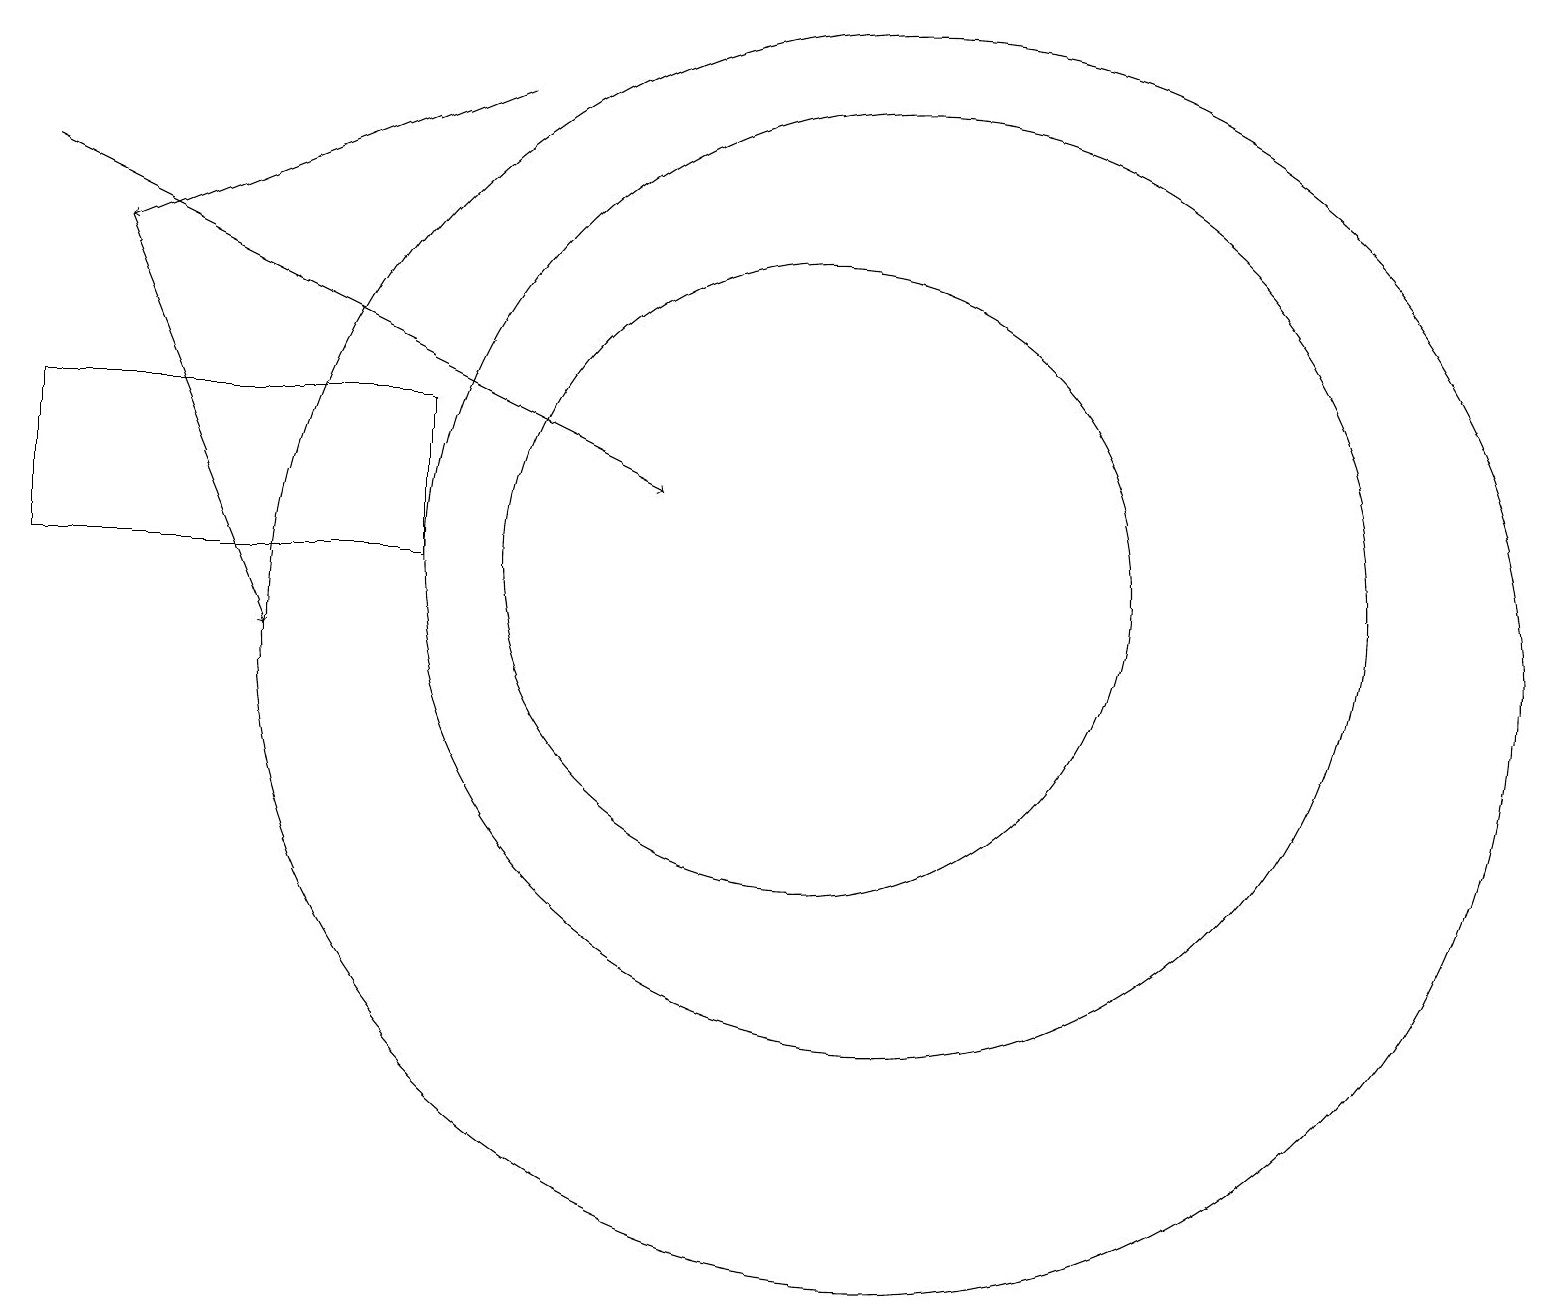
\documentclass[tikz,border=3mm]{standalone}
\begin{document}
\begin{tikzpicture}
\draw (11,11) circle (6);
\draw[->] (1,15) -- (3,10);
\draw (11,10) circle (8);
\draw[->] (0,16) -- (8,12);
\draw[->] (6,17) -- (1,15);
\draw (5,13) rectangle (0,11);
\draw (10,12) circle (0);
\draw (10,11) circle (4);
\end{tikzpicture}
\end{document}